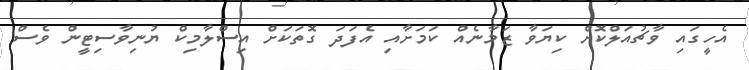
އެހީގައި ވާޗުއަލްކޮށް ކިޔަވާ ޒަމާނެއް ކަމަށާއި އެފަދަ ގޮތަކަށް އިސްލާމިކް ޔުނިވާސިޓީން ވެސް